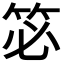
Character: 𮅆